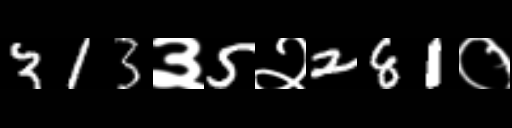
Text: 313३5२281०